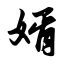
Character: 婿